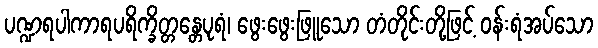
ပဏ္ဍရပါကာရပရိက္ခိတ္တန္တေပုရံ၊ ဖွေးဖွေးဖြူသော တံတိုင်းတို့ဖြင့် ဝန်းရံအပ်သော